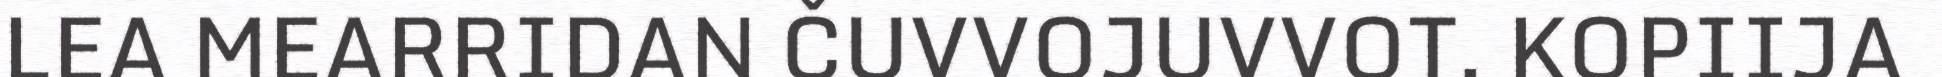
LEA MEARRIDAN ČUVVOJUVVOT. KOPIIJA